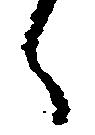
々